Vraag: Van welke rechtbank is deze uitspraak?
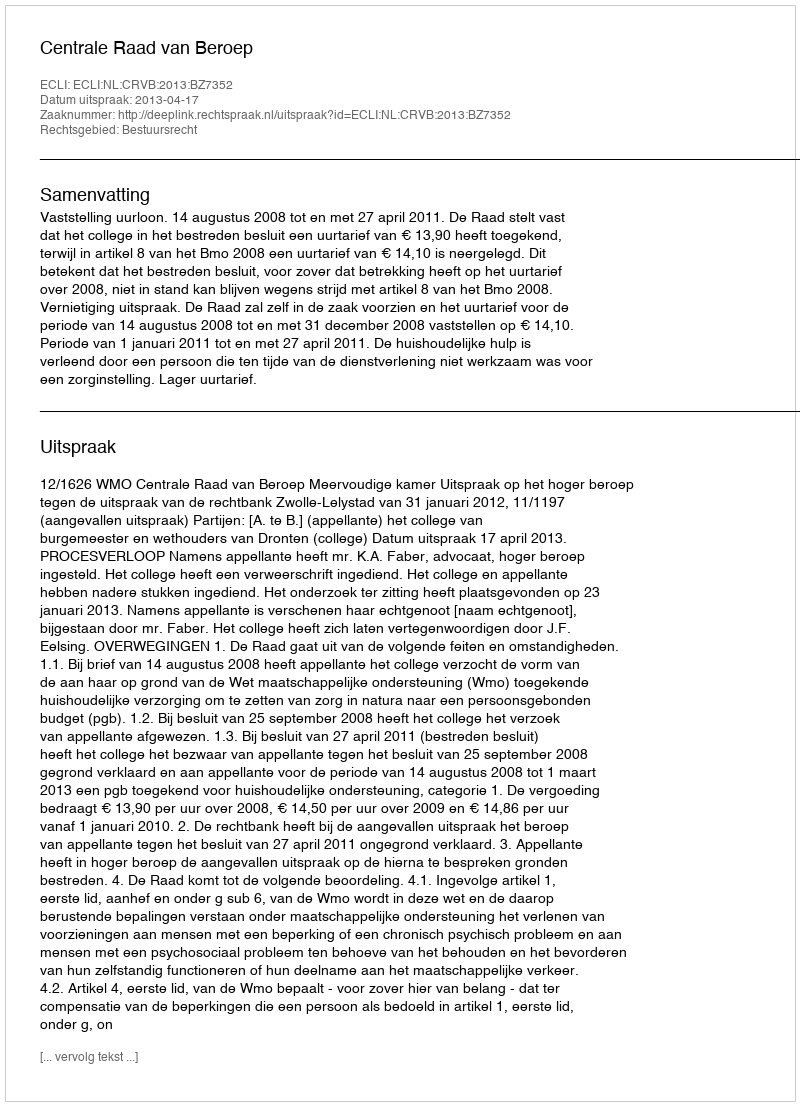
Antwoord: Centrale Raad van Beroep